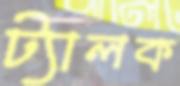
ট্যালক